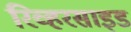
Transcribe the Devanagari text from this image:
रिव्हरसाइड